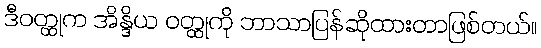
ဒီဝတ္ထုက အိန္ဒိယ ဝတ္ထုကို ဘာသာပြန်ဆိုထားတာဖြစ်တယ်။